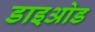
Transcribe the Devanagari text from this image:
डाइओड